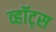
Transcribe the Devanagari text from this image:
व्हॉट्स